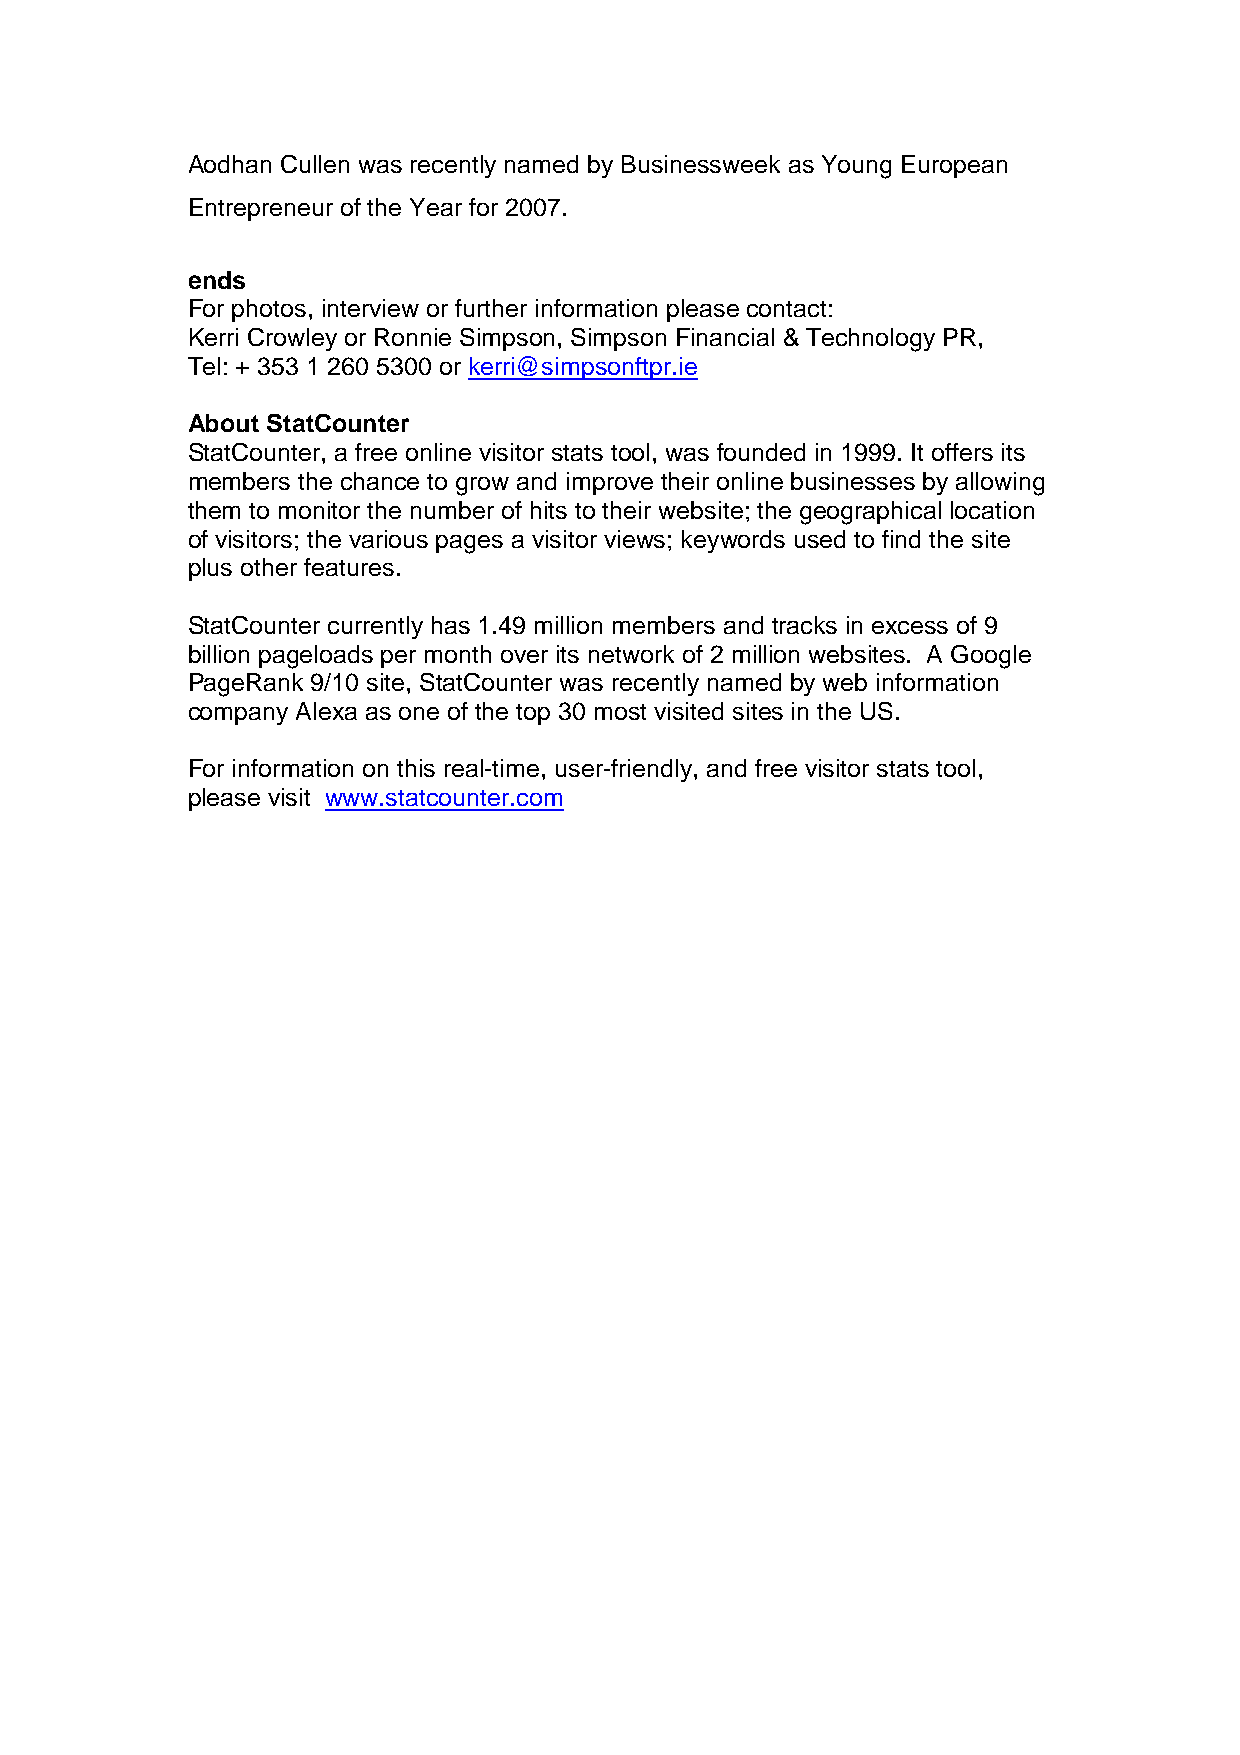
Aodhan Cullen was recently named by Businessweek as Young European
 Entrepreneur of the Year for 2007.
 ends
 For photos, interview or further information please contact:
 Kerri Crowley or Ronnie Simpson, Simpson Financial & Technology PR,
 Tel: + 353 1 260 5300 or kerri@simpsonftpr.ie
 About StatCounter
 StatCounter, a free online visitor stats tool, was founded in 1999. It offers its
 members the chance to grow and improve their online businesses by allowing
 them to monitor the number of hits to their website; the geographical location
 of visitors; the various pages a visitor views; keywords used to find the site
 plus other features.
 StatCounter currently has 1.49 million members and tracks in excess of 9
 billion pageloads per month over its network of 2 million websites. A Google
 PageRank 9/10 site, StatCounter was recently named by web information
 company Alexa as one of the top 30 most visited sites in the US.
 For information on this real-time, user-friendly, and free visitor stats tool,
 please visit www.statcounter.com